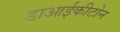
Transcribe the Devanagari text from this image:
डाआईकीटोन